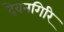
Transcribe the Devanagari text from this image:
देवनगिरि